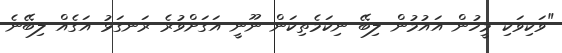
"ވަކިވަކި މީހުން އައުމުން ލިބޭ ނިކަމެތިކަން ނޫނީ އަގަށްވުރެ ރަނގަޅު އަގެއް ލިބޭނެ